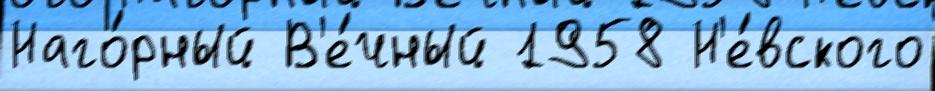
Наго́рный В'е́чный 1958 Н'е́вского